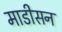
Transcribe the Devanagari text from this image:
माडीसन